Annual report on the Civil Veterinary Department, Burma (including the Insein Veterinary School) - 1910-1922
Year: 1910
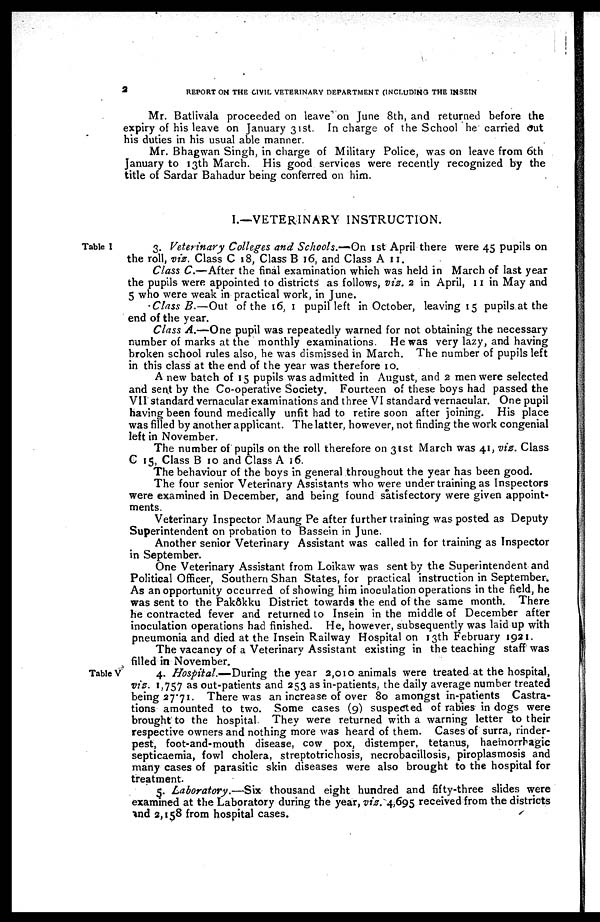
2
REPORT ON THE CIVIL VETERINARY DEPARTMENT (INCLUDING THE INSETN
Mr. Batlivala proceeded on leave on June 8th, and returned before the
expiry of his leave on January 31st. In charge of the School he carried out
his duties in his usual able manner.
Mr. Bhagwan Singh, in charge of Military Police, was on leave from 6th
January to 13th March. His good services were recently recognized by the
title of Sardar Bahadur being conferred on him.
I.—VETERINARY INSTRUCTION.
Table I
3. Veterinary Colleges and Schools.-On 1st April there were 45 pupils on
the roll, viz. Class C 18, Class B 16, and Class A 11.
Class C.—After the final examination which was held in March of last year
the pupils were appointed to districts as follows, viz. 2 in April, 11 in May and
5 who were weak in practical work, in June.
Class B.—Out of the 16, 1 pupil left in October, leaving 15 pupils at the
end of the year.
Class A.—One pupil was repeatedly warned for not obtaining the necessary
number of marks at the monthly examinations. He was very lazy, and having
broken school rules also, he was dismissed in March. The number of pupils left
in this class at the end of the year was therefore 10.
A new batch of 15 pupils was admitted in August, and 2 men were selected
and sent by the Co-operative Society. Fourteen of these boys had passed the
VII standard vernacular examinations and three VI standard vernacular. One pupil
having been found medically unfit had to retire soon after joining. His place
was filled by another applicant. The latter, however, not finding the work congenial
left in November.
The number of pupils on the roll therefore on 31st March was 41, viz. Class
C 15, Class B 10 and Class A 16.
The behaviour of the boys in general throughout the year has been good.
The four senior Veterinary Assistants who were under training as Inspectors
were examined in December, and being found satisfectory were given appoint-
ments.
Veterinary Inspector Maung Pe after further training was posted as Deputy
Superintendent on probation to Bassein in June.
Another senior Veterinary Assistant was called in for training as Inspector
in September.
One Veterinary Assistant from Loikaw was sent by the Superintendent and
Political Officer, Southern Shan States, for practical instruction in September.
As an opportunity occurred of showing him inoculation operations in the field, he
was sent to the Pakôkku District towards the end of the same month. There
he contracted fever and returned to Insein in the middle of December after
inoculation operations had finished. He, however, subsequently was laid up with
pneumonia and died at the Insein Railway Hospital on 13th February 1921.
The vacancy of a Veterinary Assistant existing in the teaching staff was
filled in November.
Table V
4. Hospital.—During the year 2,010 animals were treated at the hospital,
vis. 1,757 as out-patients and 253 as in-patients, the daily average number treated
being 27.71. There was an increase of over 80 amongst in-patients Castra-
tions amounted to two. Some cases (9) suspected of rabies in dogs were
brought to the hospital. They were returned with a warning letter to their
respective owners and nothing more was heard of them. Cases of surra, rinder-
pest, foot-and-mouth disease, cow pox, distemper, tetanus, haemorrhagic
septicaemia, fowl cholera, streptotrichosis, necrobacillosis, piroplasmosis and
many cases of parasitic skin diseases were also brought to the hospital for
treatment.
5. Laboratory.—Six thousand eight hundred and fifty-three slides were
examined at the Laboratory during the year, viz. 4,695 received from the districts
and 2,158 from hospital cases.